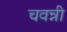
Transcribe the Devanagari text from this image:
चवन्नी